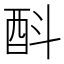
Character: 酙